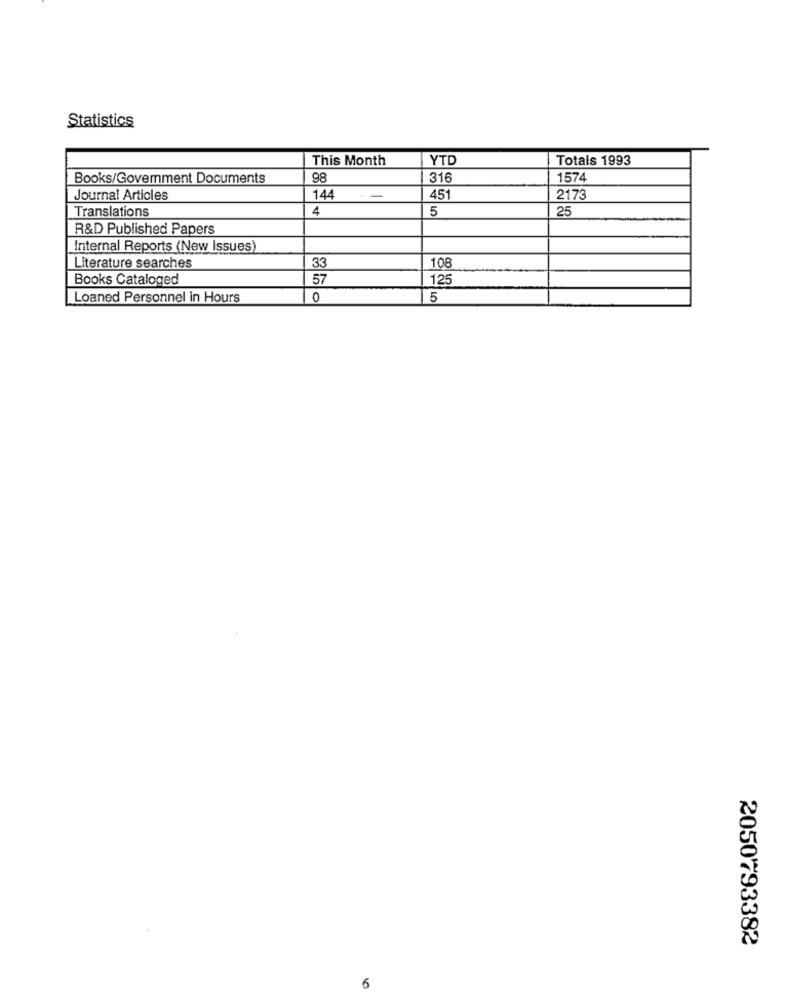
Statistics
This Month
YTD
Totals 1993
Books/Government Documents
98
316
1574
Journal Articles
144
451
2173
Translations
4
5
25
R&D Published Papers
Internal Reports (New Issues)
Literature searches
33
108
Books Cataloged
57
125
Loaned Personnel in Hours
0
5
2050793382
6